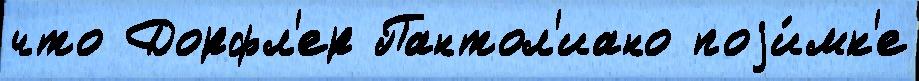
что Дорфл'ер Пантол'иано поjи́мк'е